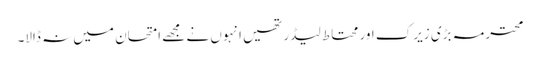
محترمہ بڑی زیرک اور محتاط لیڈر تھیں انہوں نے مجھے امتحان میں نہ ڈالا۔